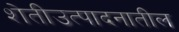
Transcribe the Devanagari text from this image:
शेतीउत्पादनातील